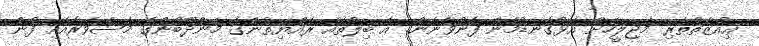
ޢިއްޒަތްތެރި މަޖިލީހަށް އަޅުގަނޑުމެން ފޮނުވާނަން. އެ ބިލުތައް ރައްޔިތުންގެ މަންދޫބުންގެ މަޝްވަރާއާއި ފުން